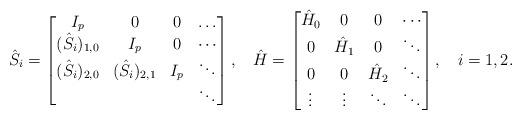
LaTeX: \begin{align*}\hat S_i&=\begin{bmatrix}I_p&0&0&\dots\\(\hat S_i)_{1,0}& I_p&0&\cdots\\(\hat S_i)_{2,0}& (\hat S_i)_{2,1}&I_p&\ddots\\&&&\ddots\end{bmatrix}, &\hat H&=\begin{bmatrix}\hat H_0&0&0&\cdots\\0&\hat H_1&0&\ddots\\0&0& \hat H_2&\ddots\\\vdots&\vdots&\ddots&\ddots\end{bmatrix}, & i&=1,2.\end{align*}